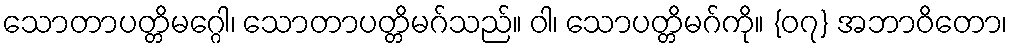
သောတာပတ္တိမဂ္ဂေါ၊ သောတာပတ္တိမဂ်သည်။ ဝါ၊ သောပတ္တိမဂ်ကို။ {၀၇} အဘာဝိတော၊